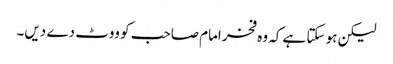
لیکن ہو سکتا ہے کہ وہ فخر امام صاحب کو ووٹ دے دیں۔